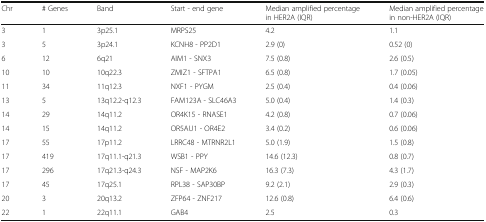
<table><thead><tr><td><b>Chr</b></td><td><b># Genes</b></td><td><b>Band</b></td><td><b>Start - end gene</b></td><td><b>Median amplified percentage in HER2A (IQR)</b></td><td><b>Median amplified percentage in non-HER2A (IQR)</b></td></tr></thead><tbody><tr><td>3</td><td>1</td><td>3p25.1</td><td>MRPS25</td><td>4.2</td><td>1.1</td></tr><tr><td>3</td><td>5</td><td>3p24.1</td><td>KCNH8 - PP2D1</td><td>2.9 (0)</td><td>0.52 (0)</td></tr><tr><td>6</td><td>12</td><td>6q21</td><td>AIM1 - SNX3</td><td>7.5 (0.8)</td><td>2.6 (0.5)</td></tr><tr><td>10</td><td>10</td><td>10q22.3</td><td>ZMIZ1 - SFTPA1</td><td>6.5 (0.8)</td><td>1.7 (0.05)</td></tr><tr><td>11</td><td>34</td><td>11q12.3</td><td>NXF1 - PYGM</td><td>2.5 (0.4)</td><td>0.4 (0.06)</td></tr><tr><td>13</td><td>5</td><td>13q12.2-q12.3</td><td>FAM123A - SLC46A3</td><td>5.0 (0.4)</td><td>1.4 (0.3)</td></tr><tr><td>14</td><td>29</td><td>14q11.2</td><td>OR4K15 - RNASE1</td><td>4.2 (0.8)</td><td>0.7 (0.06)</td></tr><tr><td>14</td><td>15</td><td>14q11.2</td><td>OR5AU1 - OR4E2</td><td>3.4 (0.2)</td><td>0.6 (0.06)</td></tr><tr><td>17</td><td>55</td><td>17p11.2</td><td>LRRC48 - MTRNR2L1</td><td>5.0 (1.9)</td><td>1.5 (0.8)</td></tr><tr><td>17</td><td>419</td><td>17q11.1-q21.3</td><td>WSB1 - PPY</td><td>14.6 (12.3)</td><td>0.8 (0.7)</td></tr><tr><td>17</td><td>296</td><td>17q21.3-q24.3</td><td>NSF - MAP2K6</td><td>16.3 (7.3)</td><td>4.3 (1.7)</td></tr><tr><td>17</td><td>45</td><td>17q25.1</td><td>RPL38 - SAP30BP</td><td>9.2 (2.1)</td><td>2.9 (0.3)</td></tr><tr><td>20</td><td>3</td><td>20q13.2</td><td>ZFP64 - ZNF217</td><td>12.6 (0.8)</td><td>6.4 (0.6)</td></tr><tr><td>22</td><td>1</td><td>22q11.1</td><td>GAB4</td><td>2.5</td><td>0.3</td></tr></tbody></table>